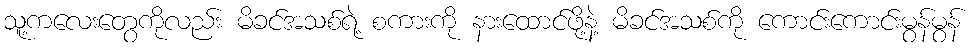
သူ့ကလေးတွေကိုလည်း မိခင်အသစ်ရဲ့ စကားကို နားထောင်ဖို့နဲ့ မိခင်အသစ်ကို ကောင်းကောင်းမွန်မွန်